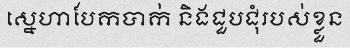
ស្នេហាបែកបាក់ និងជួបជុំរបស់ខ្លួន